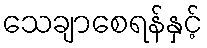
သေချာစေရန်နှင့်